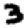
Digit: 3